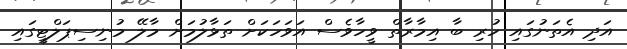
އަދި އެތަނުގައި ހުރި ބާ އިމާރާތް ވީހާވެސް އަވަހަކަށް ތަޅާލުމަށް މާލޭ މުނިސިޕަލްޓީގައި